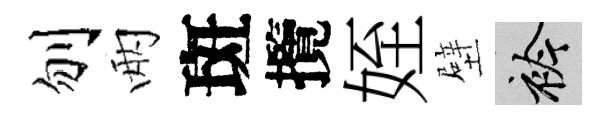
刎兩斑攬姪壁衿